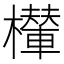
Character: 𣞶